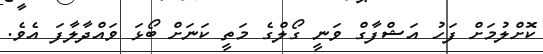
ކޮށްލުމަށް ފަހު އަޝްފާގް ވަނީ ގޯލްގެ މަތީ ކަނަށް ބޯޅަ ވައްދާލާފަ އެވެ.